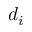
d _ { i }